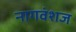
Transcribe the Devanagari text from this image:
नागवंशज